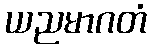
ယညမာဂတံ